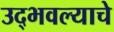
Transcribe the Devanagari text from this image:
उद्भवल्याचे